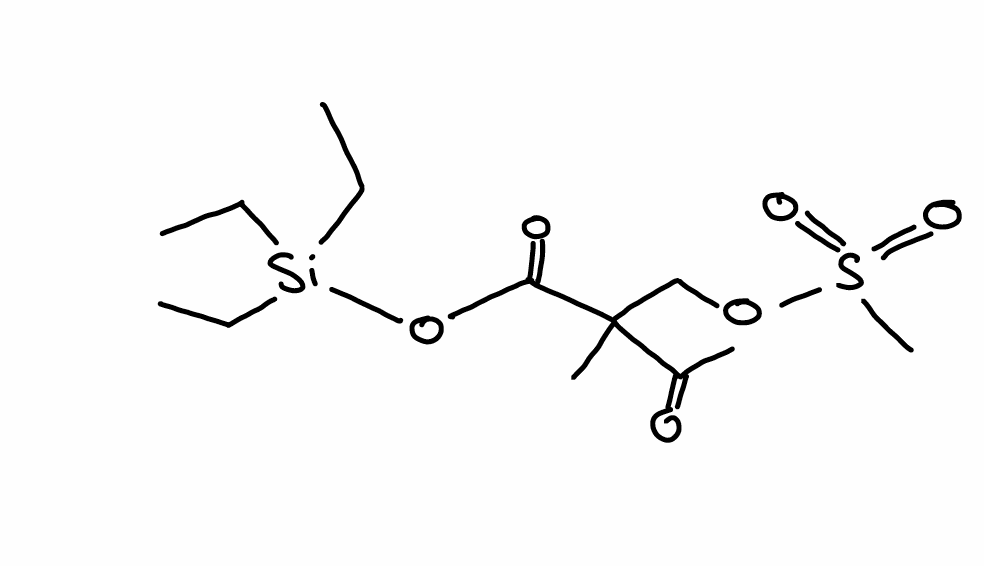
Simplified molecular-input line-entry system (SMILES) notation of the given molecule:
CC[Si](CC)(CC)OC(=O)C(C)(COS(=O)(=O)C)C(=O)C